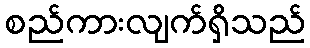
စည်ကားလျက်ရှိသည်